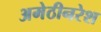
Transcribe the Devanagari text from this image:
अमेठीनरेश